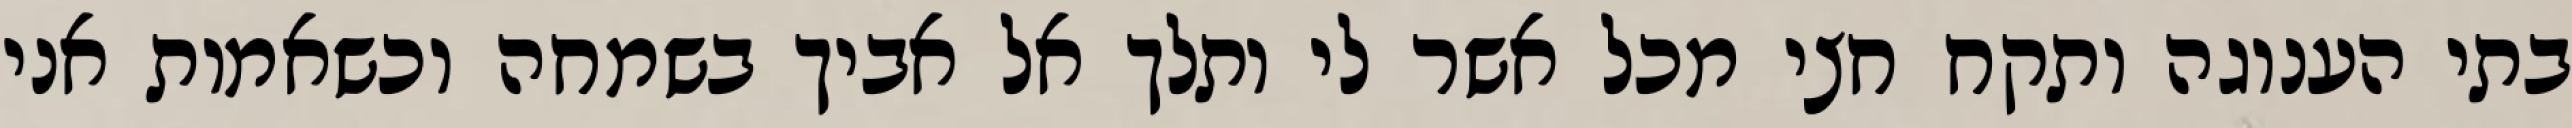
בתי הענוגה ותקח חצי מכל אשר לי ותלך אל אביך בשמחה וכשאמות אני